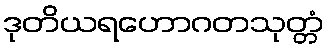
ဒုတိယရဟောဂတသုတ္တံ